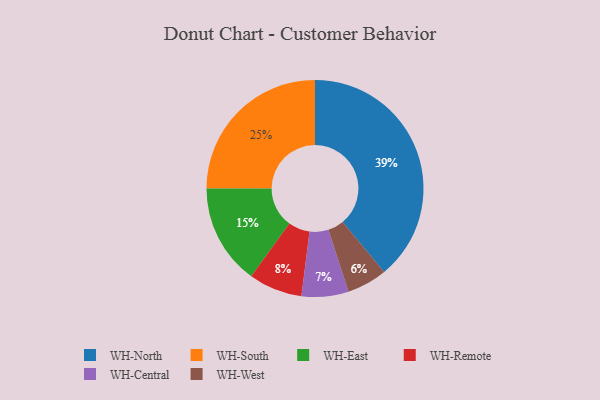
{"axis": {"x": "Category", "y": "Percentage"}, "legend": ["WH-Central", "WH-East", "WH-North", "WH-Remote", "WH-South", "WH-West"], "data": [{"x": "WH-Central", "y": 7, "type": "WH-Central"}, {"x": "WH-West", "y": 6, "type": "WH-West"}, {"x": "WH-North", "y": 39, "type": "WH-North"}, {"x": "WH-South", "y": 25, "type": "WH-South"}, {"x": "WH-East", "y": 15, "type": "WH-East"}, {"x": "WH-Remote", "y": 8, "type": "WH-Remote"}]}